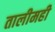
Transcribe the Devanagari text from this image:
तालीमही